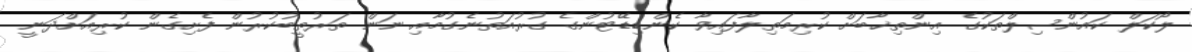
ލޯކަލް ކައުންސިލްތަކުގެ އިންތިޚާބަށް ކުރިމަތިލާފައިވާ ކެންޑިޑޭޓުންގެ ގުރުއަތުނެގުމާއި ނަން ތަރުތީބުކުރުން ފެށިގެން ކުރިއަށްދަނީ